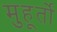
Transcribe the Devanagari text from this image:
मुहूर्तो